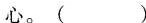
心。()